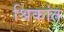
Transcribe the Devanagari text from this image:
श्रिकांत